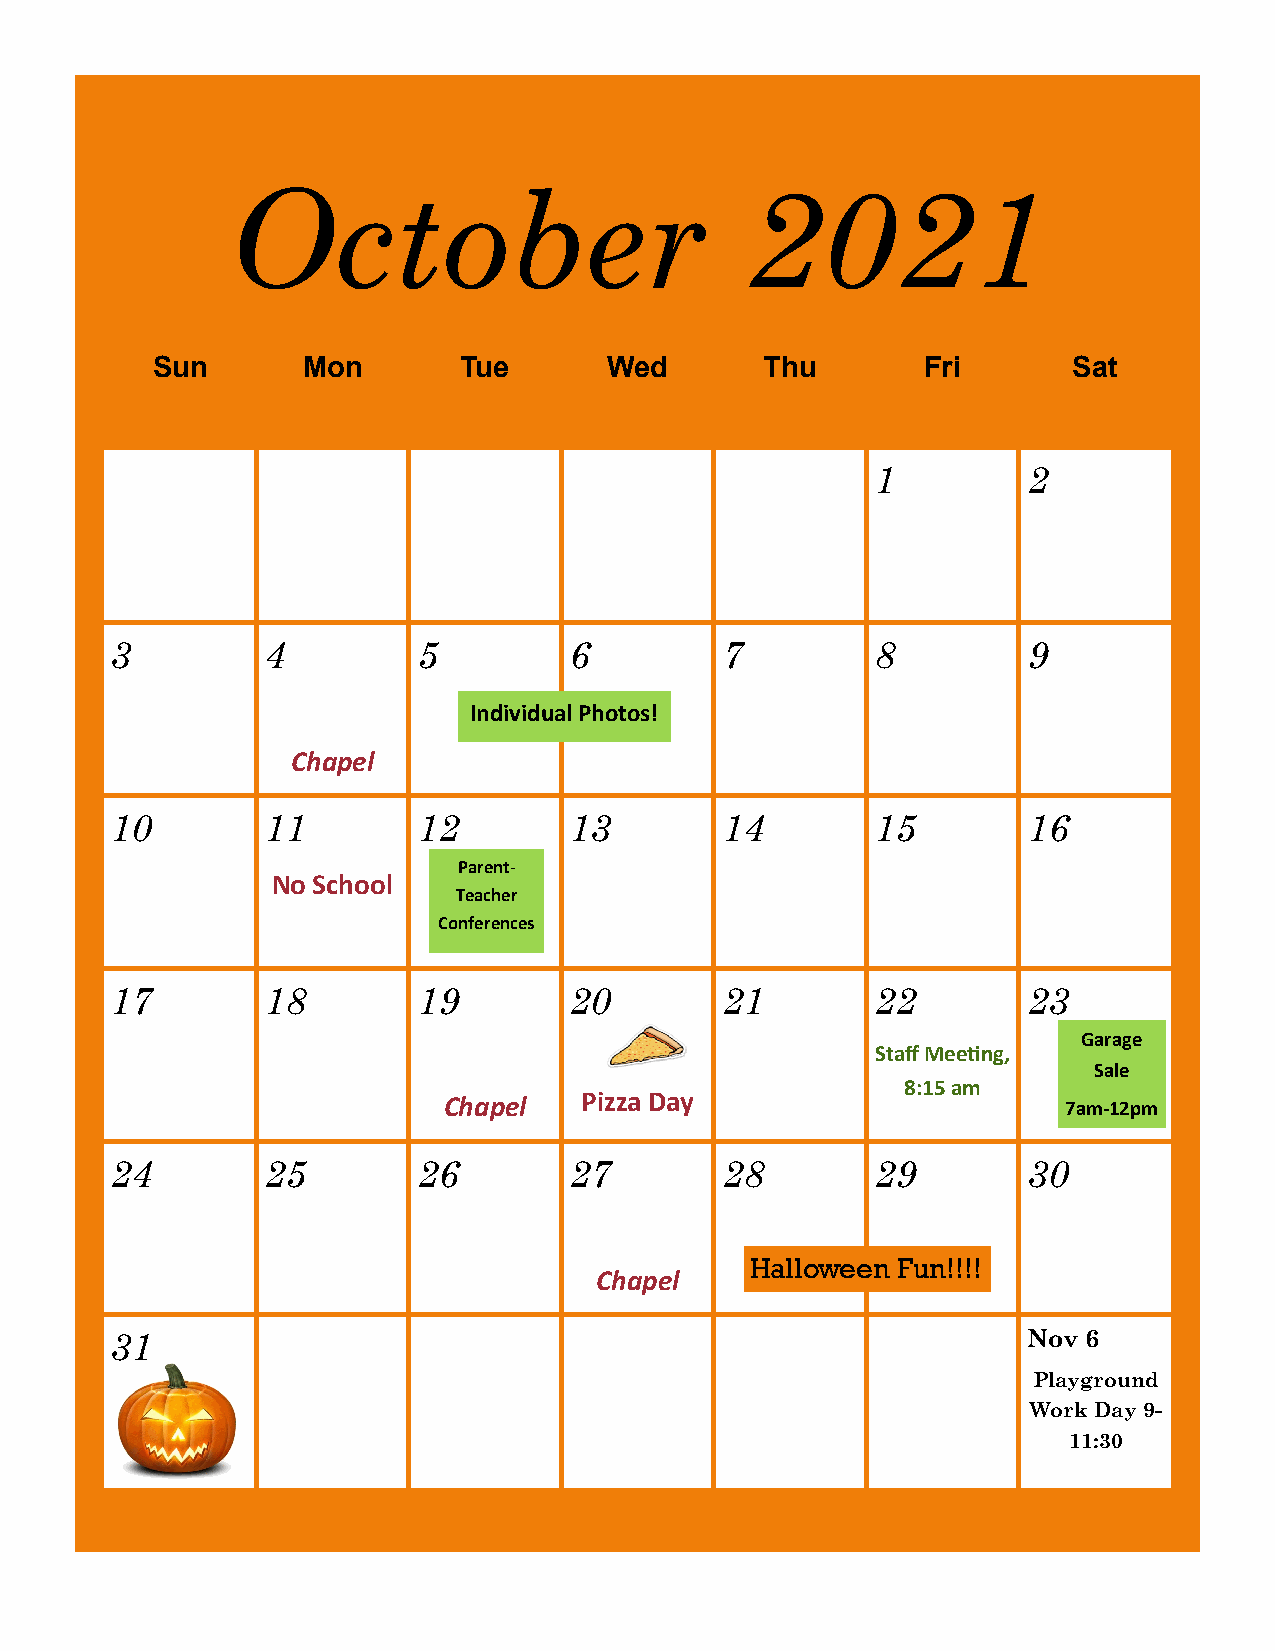
October                           2021
 Sun       Mon       Tue       Wed        Thu       Fri       Sat
 1         2
 3         4          5         6         7         8         9
 Individual Photos!
 Chapel
 10        11         12        13        14        15        16
 Parent-
 No School
 Teacher
 Conferences
 17        18         19        20        21        22        23
 Garage
 Staff Meeting,
 Sale
 8:15 am
 Chapel   Pizza Day                        7am-12pm
 24        25         26        27        28        29        30
 Halloween Fun!!!!
 Chapel
 31                                                           Nov 6
 Playground
 Halloween Fun!!!! Work Day 9-
 11:30